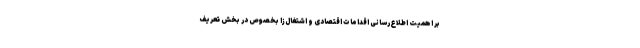
بر اهمیت اطلاع‌رسانی اقدامات اقتصادی و اشتغال‌زا بخصوص در بخش تعریف